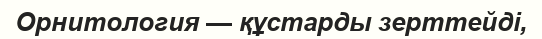
Орнитология — құстарды зерттейді,